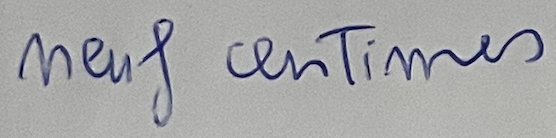
neuf centimes